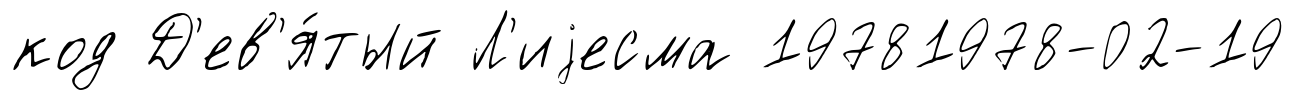
код Д'ев'я́тый Л'иjесма 19781978-02-19